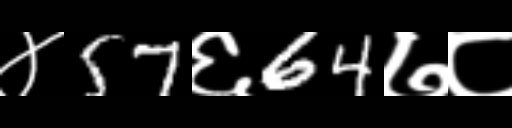
Text: ४57६64७८